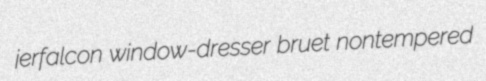
jerfalcon window-dresser bruet nontempered